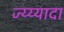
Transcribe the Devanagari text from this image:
ज्य्य्यादा